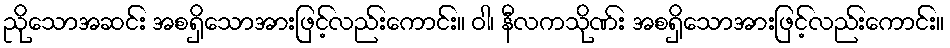
ညိုသောအဆင်း အစရှိသောအားဖြင့်လည်းကောင်း။ ဝါ၊ နီလကသိုဏ်း အစရှိသောအားဖြင့်လည်းကောင်း။